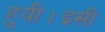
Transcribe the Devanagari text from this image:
हुयी।इसी